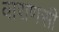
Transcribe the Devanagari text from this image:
वाराणसी